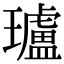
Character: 瓐